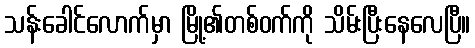
သန်းခေါင်လောက်မှာ မြို့၏တစ်ဝက်ကို သိမ်းပြီးနေလေပြီ။